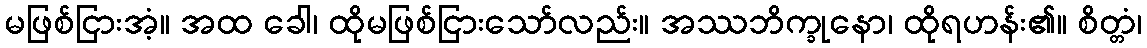
မဖြစ်ငြားအံ့။ အထ ခေါ၊ ထိုမဖြစ်ငြားသော်လည်း။ အဿဘိက္ခုနော၊ ထိုရဟန်း၏။ စိတ္တံ၊